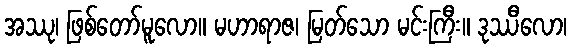
အဿု၊ ဖြစ်တော်မူလော။ မဟာရာဇ၊ မြတ်သော မင်းကြီး။ ဒုဿီလော၊